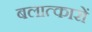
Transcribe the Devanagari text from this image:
बलात्कारों